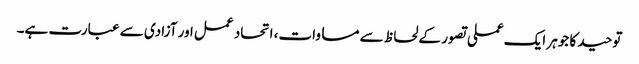
توحید کا جوہر ایک عملی تصور کے لحاظ سے مساوات، اتحاد عمل اور آزادی سے عبارت ہے۔